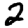
Digit: 2